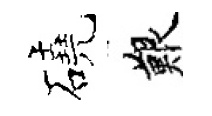
磽艱